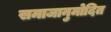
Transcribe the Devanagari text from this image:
समाजानुमोदित